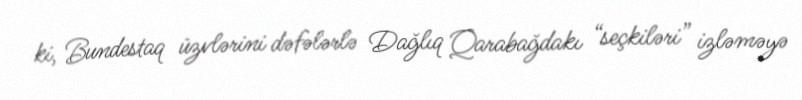
ki, Bundestaq üzvlərini dəfələrlə Dağlıq Qarabağdakı “seçkiləri” izləməyə